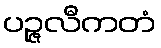
ပဉ္ဇလီကတံ